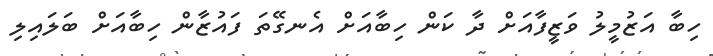
ހިބާ އަޒުމީލު ވަޒީފާއަށް ދާ ކަން ހިބާއަށް އެނގޭތަ ފައުޒާން ހިބާއަށް ބަލައިލި